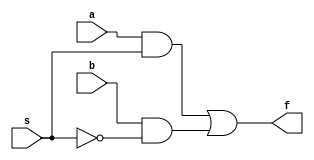
module mux2tol_gate (a,b,s,f);
input a,b,s;
output f;
wire c,d,e;

not n1(e,s);
and a1(c,a,s);
and a2(d,b,e);
or o1(f,c,d);

endmodule